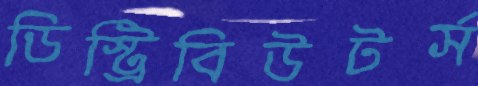
ডিস্ট্রিবিউটর্স